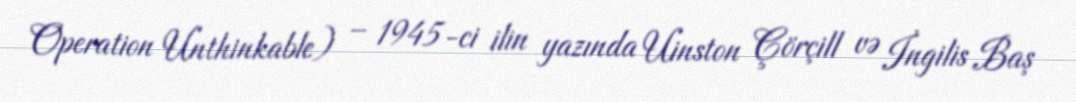
Operation Unthinkable) – 1945-ci ilin yazında Uinston Çörçill və İngilis Baş